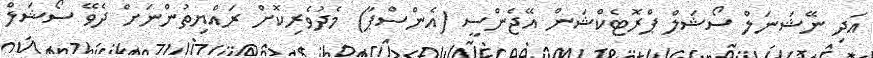
އަދި ނޭޝަނަލް ސޯޝަލް ޕްރޮޓެކްޝަން އޭޖެންސީ (އެންސްޕާ) މެދުވެރިކޮށް ރައްޔިތުންނަށް ދެވޭ ސޯޝަލް